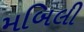
મબિલી